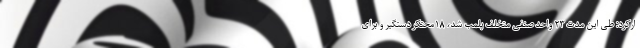
ارکرد: طی این مدت ۲۳ واحد صنفی متخلف پلمب شد، ۱۸محتکر دستگیر و برای